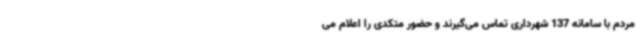
مردم با سامانه 137 شهرداری تماس می‌گیرند و حضور متکدی را اعلام می